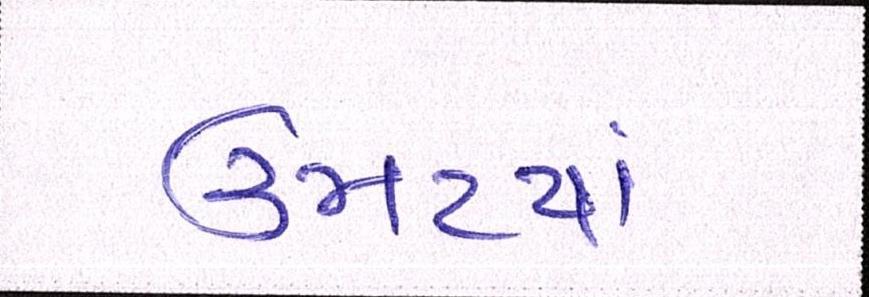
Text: ઉમટયાં